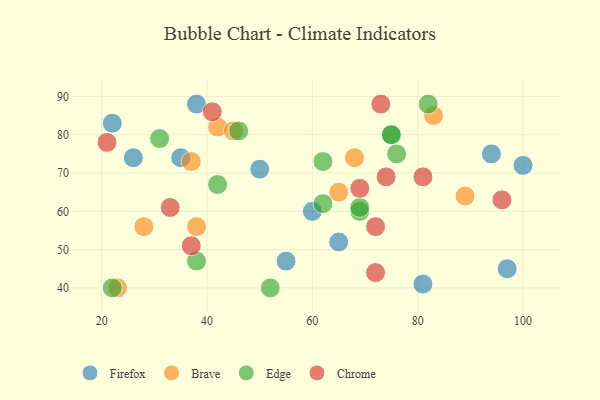
{"axis": {"x": "GDP", "y": "Life Expectancy"}, "legend": ["Brave", "Chrome", "Edge", "Firefox"], "data": [{"x": "97", "y": 45, "type": "Firefox"}, {"x": "81", "y": 41, "type": "Firefox"}, {"x": "38", "y": 88, "type": "Firefox"}, {"x": "22", "y": 83, "type": "Firefox"}, {"x": "26", "y": 74, "type": "Firefox"}, {"x": "50", "y": 71, "type": "Firefox"}, {"x": "100", "y": 72, "type": "Firefox"}, {"x": "60", "y": 60, "type": "Firefox"}, {"x": "55", "y": 47, "type": "Firefox"}, {"x": "35", "y": 74, "type": "Firefox"}, {"x": "94", "y": 75, "type": "Firefox"}, {"x": "65", "y": 52, "type": "Firefox"}, {"x": "23", "y": 40, "type": "Brave"}, {"x": "65", "y": 65, "type": "Brave"}, {"x": "42", "y": 82, "type": "Brave"}, {"x": "68", "y": 74, "type": "Brave"}, {"x": "83", "y": 85, "type": "Brave"}, {"x": "28", "y": 56, "type": "Brave"}, {"x": "38", "y": 56, "type": "Brave"}, {"x": "45", "y": 81, "type": "Brave"}, {"x": "37", "y": 73, "type": "Brave"}, {"x": "89", "y": 64, "type": "Brave"}, {"x": "22", "y": 40, "type": "Edge"}, {"x": "52", "y": 40, "type": "Edge"}, {"x": "69", "y": 60, "type": "Edge"}, {"x": "75", "y": 80, "type": "Edge"}, {"x": "62", "y": 62, "type": "Edge"}, {"x": "62", "y": 73, "type": "Edge"}, {"x": "82", "y": 88, "type": "Edge"}, {"x": "42", "y": 67, "type": "Edge"}, {"x": "31", "y": 79, "type": "Edge"}, {"x": "75", "y": 80, "type": "Edge"}, {"x": "38", "y": 47, "type": "Edge"}, {"x": "46", "y": 81, "type": "Edge"}, {"x": "69", "y": 61, "type": "Edge"}, {"x": "76", "y": 75, "type": "Edge"}, {"x": "37", "y": 51, "type": "Chrome"}, {"x": "72", "y": 44, "type": "Chrome"}, {"x": "33", "y": 61, "type": "Chrome"}, {"x": "72", "y": 56, "type": "Chrome"}, {"x": "73", "y": 88, "type": "Chrome"}, {"x": "21", "y": 78, "type": "Chrome"}, {"x": "69", "y": 66, "type": "Chrome"}, {"x": "96", "y": 63, "type": "Chrome"}, {"x": "74", "y": 69, "type": "Chrome"}, {"x": "41", "y": 86, "type": "Chrome"}, {"x": "81", "y": 69, "type": "Chrome"}]}